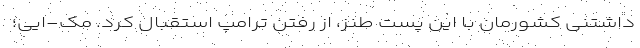
داشتنی کشورمان با این پست طنز، از رفتن ترامپ استقبال کرد. مک-ایی؛